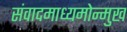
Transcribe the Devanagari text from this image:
संवादमाध्यमोन्मुख